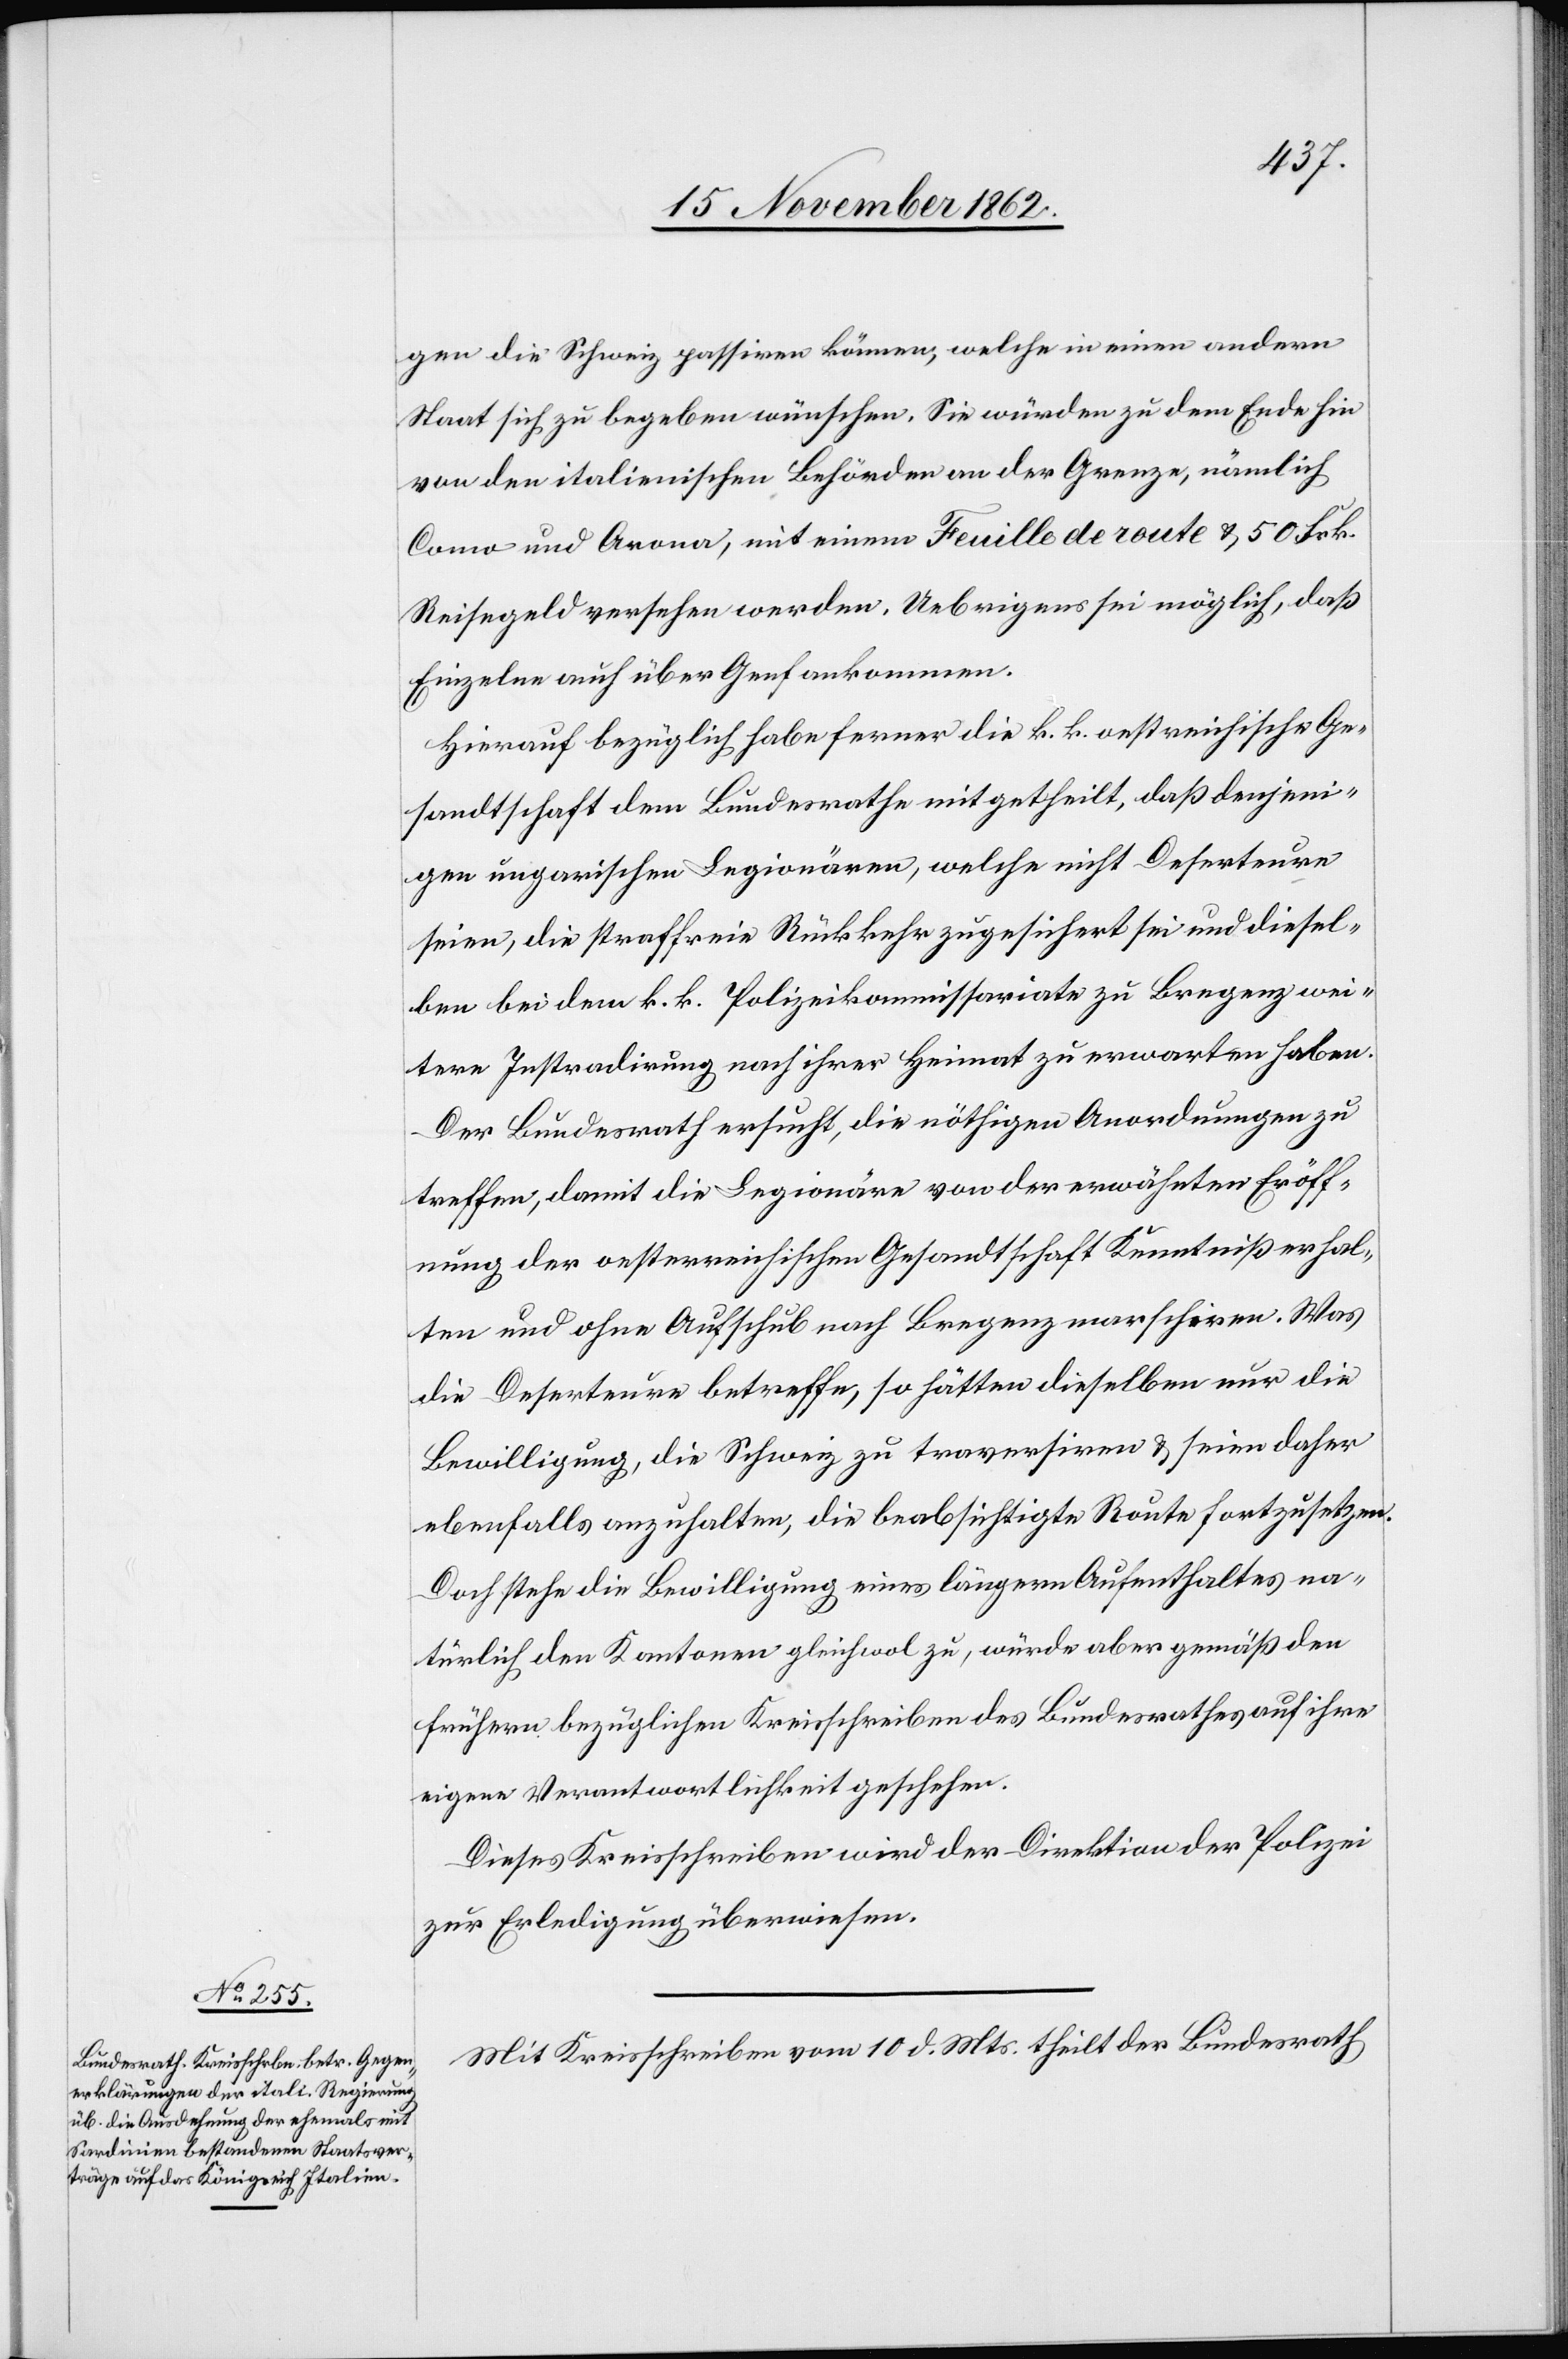
gen die Schweiz passiren können, welche in einen andern
Staat sich zu begeben wünschen. Sie würden zu dem Ende hin
von den italienischen Behörden an der Grenze, nämlich
Como und Arona, mit einem Feuille de route u. 50 Frk.
Reisegeld versehen werden. Uebrigens sei möglich, daß
Einzelne auch über Genf ankommen.
Hierauf bezüglich habe ferner die k. k. oestreichische Ge¬
sandtschaft dem Bundesrathe mitgetheilt, daß denjeni¬
gen ungarischen Legionären, welche nicht Deserteure
seien, die straffreie Rückkehr zugesichert sei und diesel¬
ben bei dem k. k. Polizeikommissariate zu Bregenz wei¬
tere Instradirung nach ihrer Heimat zu erwarten haben.
Der Bundesrath ersucht, die nöthigen Anordnungen zu
treffen, damit die Legionäre von der erwähnten Eröff¬
nung der oesterreichischen Gesandtschaft Kenntniß erhal¬
ten und ohne Aufschub nach Bregenz marschiren. Was
die Deserteure betreffe, so hätten dieselben nur die
Bewilligung, die Schweiz zu traversiren u. seien daher
ebenfalls anzuhalten, die beabsichtigte Route fortzusetzen.
Doch stehe die Bewilligung eines längern Aufenthaltes na¬
türlich den Kantonen gleichwol zu, würde aber gemäß den
frühern bezüglichen Kreisschreiben des Bundesrathes auf ihre
eigene Verantwortlichkeit geschehen.
Dieses Kreisschreiben wird der Direktion der Polizei
zur Erledigung überwiesen.
Mit Kreisschreiben vom 10. d. Mts. theilt der Bundesrath